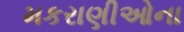
મકરાણીઓના